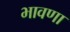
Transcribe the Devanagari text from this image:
भावणा